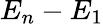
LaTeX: E_{n}-E_{1}